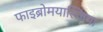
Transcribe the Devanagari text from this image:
फाइब्रोमयाल्जिया